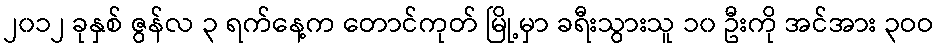
၂၀၁၂ ခုနှစ် ဇွန်လ ၃ ရက်နေ့က တောင်ကုတ် မြို့မှာ ခရီးသွားသူ ၁၀ ဦးကို အင်အား ၃ဝဝ